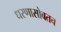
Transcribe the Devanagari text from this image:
धरणासोबतच